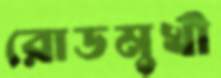
রোডমুখী